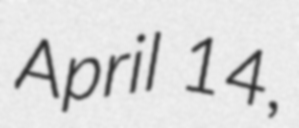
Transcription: April 14,